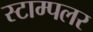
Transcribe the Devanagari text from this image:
स्टाम्पलर